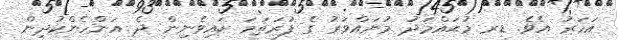
އަހަރު އެވެ. ޑރ މުޙައްމަދު މުނައްވަރު ގެ ފުރަތަމަ ކައިވެނިން ދެ އަންހެންކުދިން